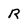
Character: R